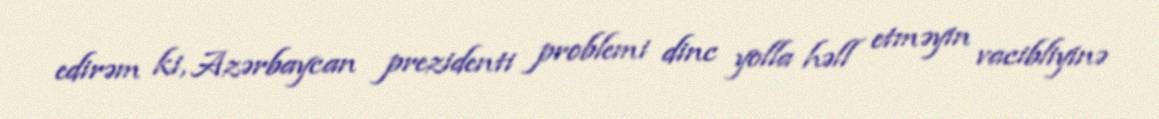
edirəm ki, Azərbaycan prezidenti problemi dinc yolla həll etməyin vacibliyinə